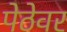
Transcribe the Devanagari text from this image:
पेठेवर